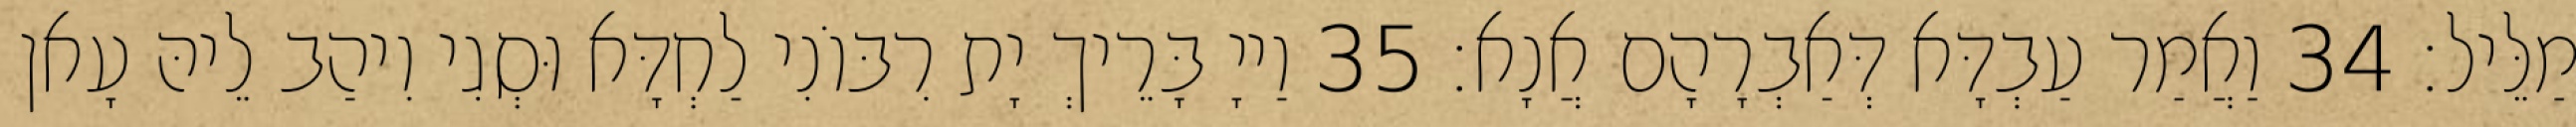
מַלֵּיל׃ 34 וַאֲמַר עַבְדָּא דְּאַבְרָהָם אֲנָא׃ 35 וַייָ בָּרֵיךְ יָת רִבּוֹנִי לַחְדָּא וּסְגִי וִיהַב לֵיהּ עָאן